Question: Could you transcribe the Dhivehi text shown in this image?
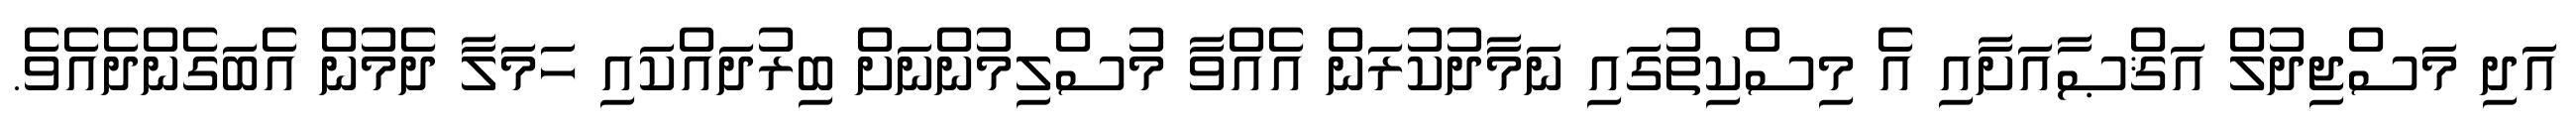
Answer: އަދި މަސްޖިދުލް އަޤްޞާއަށާއި އެ މިސްކިތުގައި ނަމާދުކުރަން އެއްވާ މުސްލިމުންނަށް ބިރުދައްކައި ހަމަލާ ދެމުން އެބަގެންދެއެވެ.